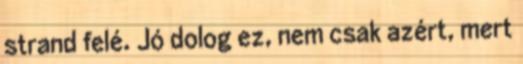
strand felé. Jó dolog ez, nem csak azért, mert